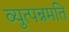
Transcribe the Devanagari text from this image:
व्युत्पन्नमति